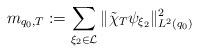
LaTeX: \begin{align*}m_{q_0,T}:= \sum_{\xi_2 \in \mathcal{L}} \| \tilde{\chi}_T \psi_{\xi_2} \|^2_{L^2(q_0)} \end{align*}